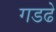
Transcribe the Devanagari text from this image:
गडढे